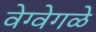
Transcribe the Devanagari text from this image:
वेग्वेगळे